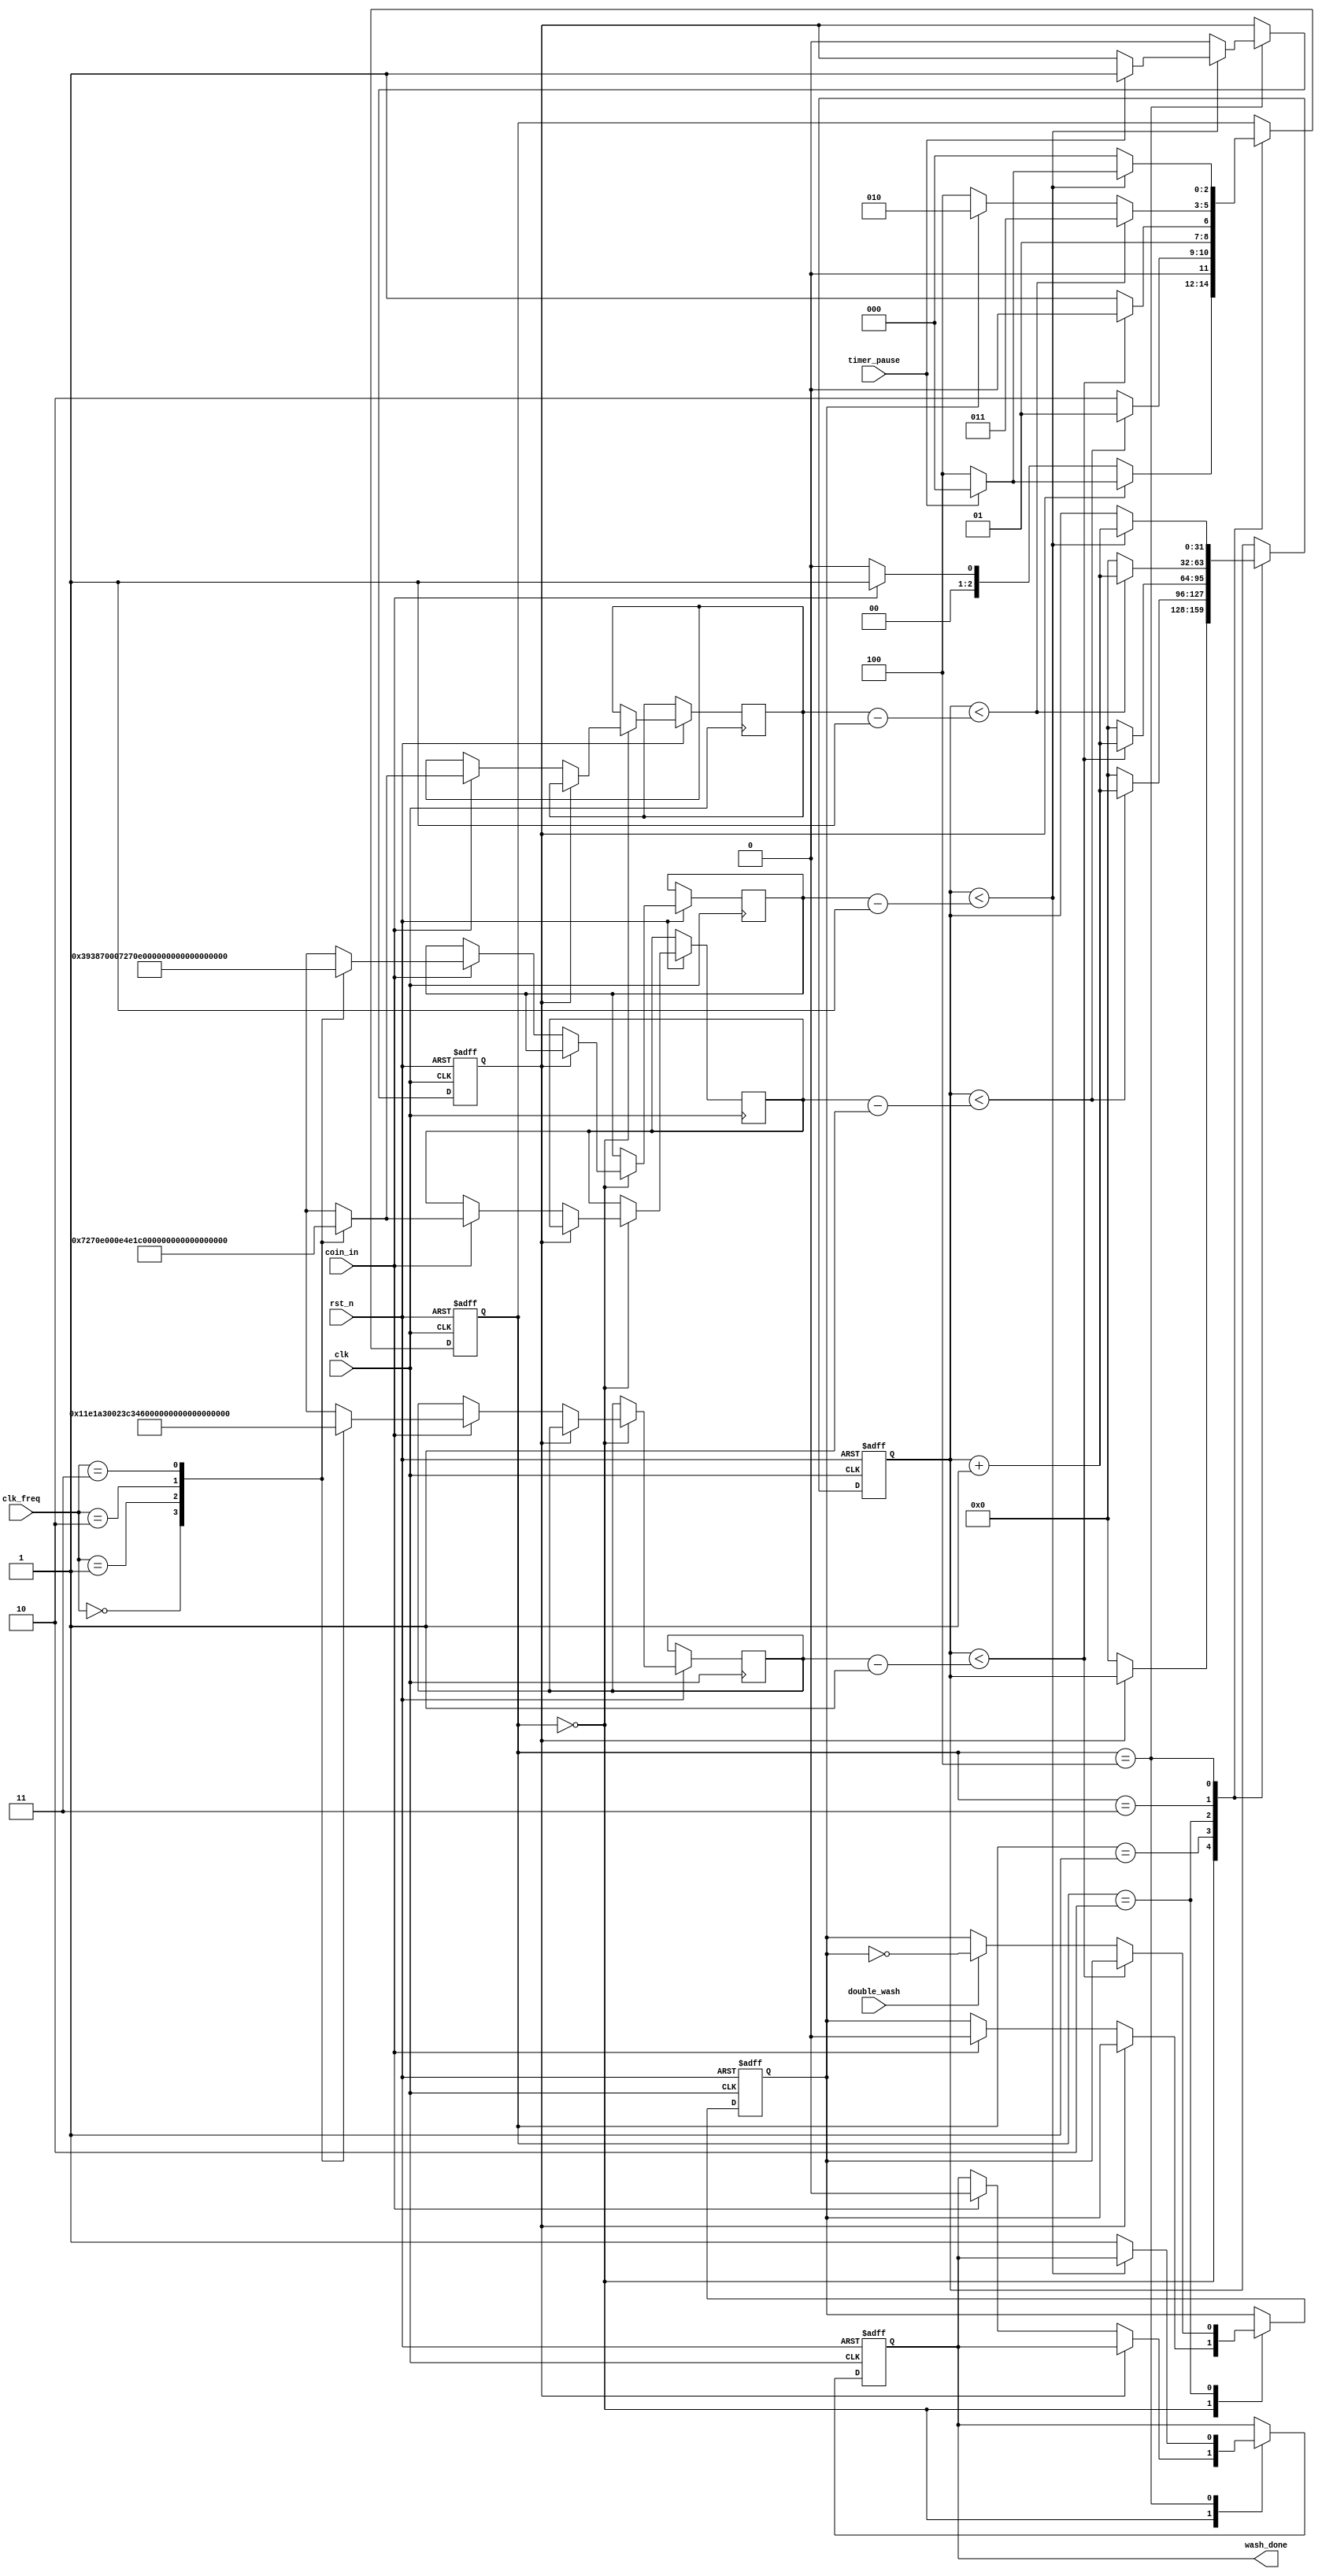
/*
Project        : Controller Unit For a Washing Machine 
Module name    : washing_machine_controller
Dependancy     :
Owner          : Shehab Bahaa
*/
module washing_machine_controller (
	input 		rst_n,    			// Active low asynchronous clock
	input 		clk,      			// System clock

	input [1:0] clk_freq,   		// Input Clock Frequency Configuration Code

	input 		coin_in,			// Input flag which is asserted when a coin is deposited
	input 		double_wash,		// Input flag which is asserted if the user requires double wash option
	input 		timer_pause,		// Input flag when it is set to 1 spinning phase is paused until this flag is de-asserted

	output reg 	wash_done			// Active high output asserted when spinning phase is done and deasserted when coin_in is set to 1
);

//=========================================================
// parameter definitions 
//=========================================================
	// state encoding for FSM
	localparam  S_IDLE            = 3'b000,
				S_FILLING_WATER   = 3'b001,
				S_WASHING         = 3'b010,
				S_RINSING         = 3'b011,
				S_SPINNING        = 3'b100;

//=========================================================
// reg declarations
//=========================================================
	reg [2:0]   state; 					// next state 
	reg [31:0]  clock_count;
	reg 		second_wash_flag;
	reg			paused_spinning_flag;
	reg [31:0]  filling_water_duration,
				washing_duration,
				rinsing_duration,
				spinning_duration;      // number of clock cycles for each state

//=========================================================
// task definitions 
//=========================================================
	task states_duration ();
	//==============================================================================================================================================================================
	// states_duration task is used to define the required time duration for each state. The time duration is defined using a counter for the number of clock cycles of each state.
	// The number a clock cycles per state depends on the clock frequency used and the state itself. It is calculated as follows: 
	// # of clock cycles per state = (frequency, i.e., cycles per sec)*(state duration in minutes)*(60 s/min)
	//==============================================================================================================================================================================
		case (clk_freq)
		// decoding the clk_freq[1:0] input port
			2'b00   :   // 1 MHz
						begin 
						filling_water_duration  <= 32'h7270e00; 	// # of clock cycles per state = (1*10**6)*(2)*(60) = 120*10**6
						washing_duration        <= 32'h11e1a300; 	// # of clock cycles per state = (1*10**6)*(5)*(60) = 300*10**6
						rinsing_duration        <= 32'h7270e00; 	// # of clock cycles per state = (1*10**6)*(2)*(60) = 120*10**6
						spinning_duration       <= 32'h3938700; 	// # of clock cycles per state = (1*10**6)*(1)*(60) = 60*10**6
						end
			2'b01   :   // 2 MHz
						begin 
						filling_water_duration  <= 32'he4e1c00; 	// # of clock cycles per state = (2*10**6)*(2)*(60) = 240*10**6
						washing_duration        <= 32'h23c34600; 	// # of clock cycles per state = (2*10**6)*(5)*(60) = 600*10**6
						rinsing_duration        <= 32'he4e1c00; 	// # of clock cycles per state = (2*10**6)*(2)*(60) = 240*10**6
						spinning_duration       <= 32'h7270e00; 	// # of clock cycles per state = (2*10**6)*(1)*(60) = 120*10**6
						end
			2'b10   :   // 4 MHz
						begin 
						filling_water_duration  <= 32'h1c9c3800; 	// # of clock cycles per state = (4*10**6)*(2)*(60) = 480*10**6
						washing_duration        <= 32'h47868c00; 	// # of clock cycles per state = (4*10**6)*(5)*(60) = 1.2*10**9
						rinsing_duration        <= 32'h1c9c3800; 	// # of clock cycles per state = (4*10**6)*(2)*(60) = 480*10**6
						spinning_duration       <= 32'he4e1c00; 	// # of clock cycles per state = (4*10**6)*(1)*(60) = 240*10**6
						end
			2'b11   :   // 8 MHz
						begin 
						filling_water_duration  <= 32'h39387000; 	// # of clock cycles per state = (8*10**6)*(2)*(60) = 960*10**6
						washing_duration        <= 32'h8f0d1800; 	// # of clock cycles per state = (8*10**6)*(5)*(60) = 2.4*10**9
						rinsing_duration        <= 32'h39387000; 	// # of clock cycles per state = (8*10**6)*(2)*(60) = 960*10**6
						spinning_duration       <= 32'h1c9c3800; 	// # of clock cycles per state = (8*10**6)*(1)*(60) = 480*10**6
						end
		endcase
	endtask 
//=========================================================
// FSM code using 1-always block coding style 
//=========================================================
	always @(posedge clk, negedge rst_n)
		if (!rst_n)     begin   
			state           		<= S_IDLE;
			wash_done       		<= 0;
			clock_count     		<= 0;
			second_wash_flag 		<= 0;
			paused_spinning_flag 	<= 0;
		end
		else begin
			case (state)
				S_IDLE          : //============================================================================================================================================================================
								  // the machine checks if a spinning state is pause or not using the paused_spinning_flag:
								  // 	- If a spinning state is paused, the last clock count from the spinning state is saved until the timer_pause input is deasserted, then it continues the spinning state.
								  //		 -- Note: a flag is introduced along with the timer_pause signal so that the timer_pause is considered only when the spinning state is paused. 
								  // 	- If there is no spinning state paused, then the counter is initialized to 0 and the value of wash_done signal is saved until the coin_in signal is asserted.
								  // 		-- When coin_in is asserted, wash_done and second_wash flag is reseted and the state_duration task is called.
								  // 		-- states_duration task is used to define the required time duration for each state.
								  //============================================================================================================================================================================
								  if (paused_spinning_flag) begin 
										clock_count 			<= clock_count;
										if (timer_pause) 								state <= S_IDLE;	//@ loopback
										else 											state <= S_SPINNING;
									end else begin
										clock_count 			<= 0;
										if (coin_in) begin 
											wash_done       	<= 0;
											second_wash_flag	<= 0;
											states_duration ();
																						state <= S_FILLING_WATER;
										end 
										else begin
											wash_done 			<= wash_done;
																						state <= S_IDLE;		//@ loopback 
										end // if coin_in
								  end // if paused_spinning_flag
				S_FILLING_WATER : //===================================================================================================
								  // the machine checks if the state duration has passed using the clock count:
								  // 	- If the state duration did not pass, then it increments the counter and stays in this state.
								  // 	- If the state duration passed, then it resets the counter and moves into the S_WASHING state.
								  //===================================================================================================
								  if (clock_count < filling_water_duration - 1) begin
									clock_count <= clock_count + 1;
																						state <= S_FILLING_WATER;	//@ loopback 
								  end else begin
									clock_count <= 0;
																						state <= S_WASHING;
								  end // if clock_count < filling_water_duration - 1
				S_WASHING       : //===============================================================================================================================================
								  // the machine checks if the state duration passed using the clock count:
								  // 	- If the state duration did not pass, then it increments the counter and stays in this state.
								  // 	- If the state duration passed, then:
								  // 		-- resets the counter 
								  // 		-- If the double_wash input is asserted, it toggles second_wash_flag.
								  // 			--- Note: this flag allows only one more round of washing and rinsing even if double_wash is still asserted after the second round.
								  // 		-- and moves into the S_RINSING state.
								  //================================================================================================================================================
								  if (clock_count < washing_duration - 1) begin
									clock_count <= clock_count + 1;
																						state <= S_WASHING;		//@ loopback 
								  end else begin
									clock_count <= 0;
									if (double_wash) 
										second_wash_flag <= ~second_wash_flag;
																						state <= S_RINSING;
								  end // if clock_count < washing_duration - 1
				S_RINSING       : //==================================================================================================
								  // the machine checks if the state duration passed using the clock count:
								  // 	- If the state duration did not pass, then it increments the counter and stays in this state.
								  // 	- If the state duration passed, then it resets the counter and
								  // 		-- If the second_wash_flag is 0, it moves into the S_SPINNING state.
								  // 		-- If the second_wash_flag is 1, it moves into the S_WASHING state.
								  //==================================================================================================
								  if (clock_count < rinsing_duration - 1) begin
									clock_count <= clock_count + 1;
																						state <= S_RINSING;		//@ loopback 
								  end else begin
									clock_count <= 0;
									if (second_wash_flag)								state <= S_WASHING;
									else 												state <= S_SPINNING;
								  end // if clock_count < rinsing_duration - 1
				S_SPINNING      : //==================================================================================================================
								  // the machine checks if the state duration passed using the clock count:
								  // 	- If the state duration did not pass, then it increments the counter and checks:
								  // 		-- If timer_pause input is deasserted, it stays in this state.
								  // 		-- If timer_pause input is asserted, then it sets the paused_spinning_flag and moves into S_IDLE state.
								  // 	- If the state duration passed, then it resets the counter, asserts wash_done and moves into the S_IDLE state.
								  //===================================================================================================================
								  if (clock_count < spinning_duration - 1) begin
									clock_count 			<= clock_count + 1;
									if (timer_pause) begin
										paused_spinning_flag 	<= 1;
																						state <= S_IDLE;
									end else begin
																						state <= S_SPINNING; 	//@ loopback
									end // if timer_pause
								  end else begin
									paused_spinning_flag 		<= 0;
									wash_done 					<= 1;			// Mealy output
																						state <= S_IDLE;
								 end // if clock_count < spinning_duration - 1
			endcase
			end // if !rst_n
endmodule
//=========================================================
// EOF 
//=========================================================